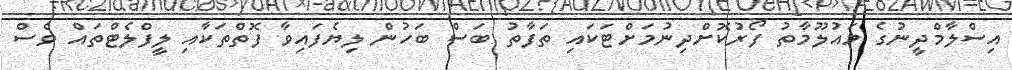
އިސްލާމްދީނުގެ މައުލޫމާތު ފޯރުކޮށްދިނުމަށްޓަކައި ތަފާތު ބަސް ބަހުން ލިޔެފައިވާ ފޮތްތަކާއި ލީފްލެޓްތައް ވެސް